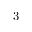
3